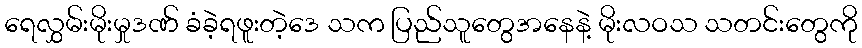
ရေလွှမ်းမိုးမှုဒဏ် ခံခဲ့ရဖူးတဲ့ဒေ သက ပြည်သူတွေအနေနဲ့ မိုးလဝသ သတင်းတွေကို